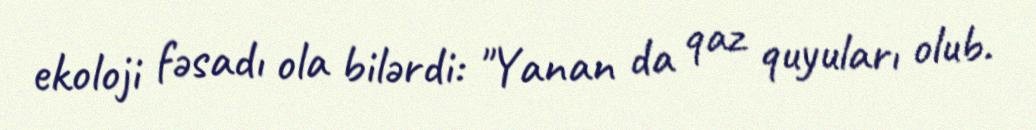
ekoloji fəsadı ola bilərdi: "Yanan da qaz quyuları olub.